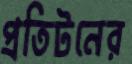
প্রতিটনের